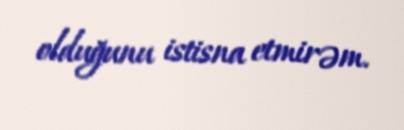
olduğunu istisna etmirəm.